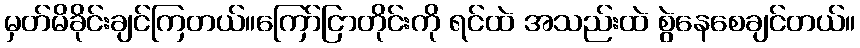
မှတ်မိခိုင်းချင်ကြတယ်။ကြော်ငြာတိုင်းကို ရင်ထဲ အသည်းထဲ စွဲနေစေချင်တယ်။